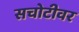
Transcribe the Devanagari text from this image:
सचोटीवर